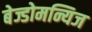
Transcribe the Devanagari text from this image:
बेज्डोमन्यिज